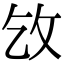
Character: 㩿